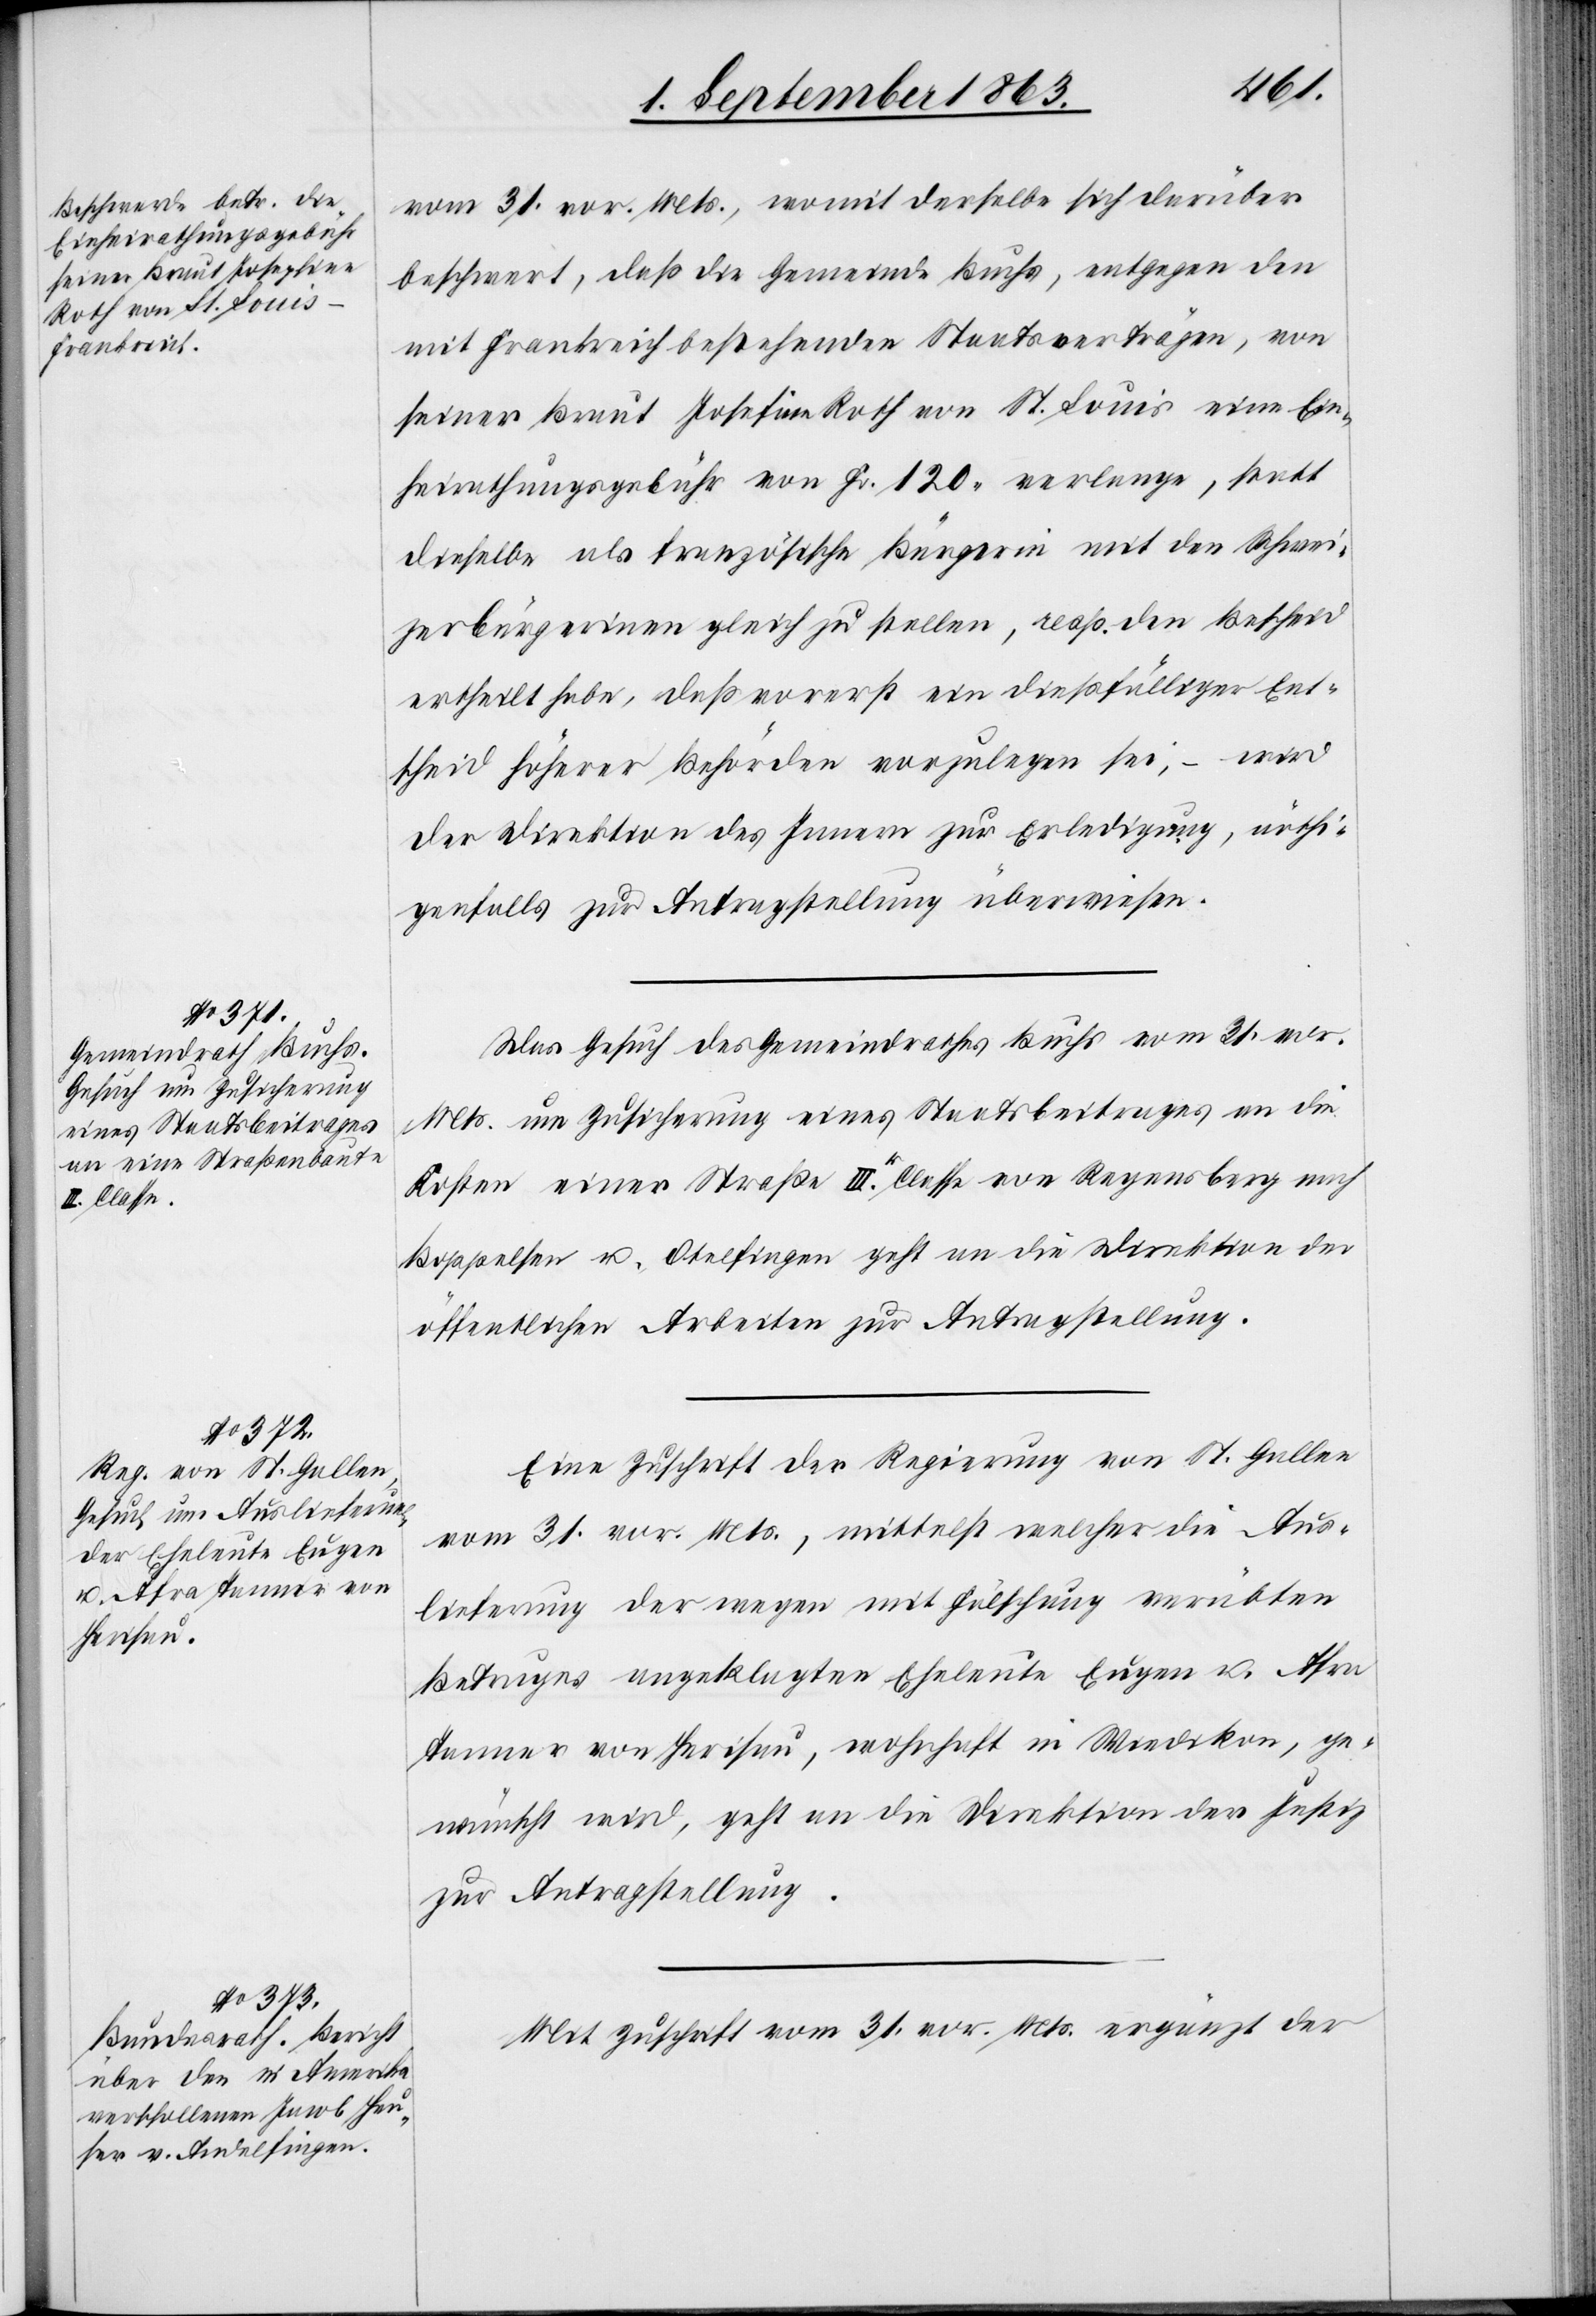
seiner Braut Josefine
Roth von St. Louis

Ein¬
2. September 1863.]
vom 31. vor. Mts., womit derselbe sich darüber
beschwert, daß die Gemeinde Buchs, entgegen den
mit Frankreich bestehenden Staatsverträgen, von
heirathungsgebühr von Fr. 120. verlange, statt
dieselbe als französische Bürgerin mit den Schwei¬
zerbürgerinen gleich zu stellen, resp. den Bescheid
ertheilt habe, daß vorerst ein dießfälliger Ent¬
scheid höherer Behörden vorzulegen sei, – wird
der Direktion des Innern zur Erledigung, nöthi¬
genfalls zur Antragstellung überwiesen.
Das Gesuch des Gemeindrathes Buchs vom 31. vor.
Mts. um Zusicherung eines Staatsbeitrages an die
Kosten einer Straße III. Classe von Regensberg nach
Boppelsen u. Otelfingen geht an die Direktion der
öffentlichen Arbeiten zur Antragstellung.
Eine Zuschrift der Regierung von St. Gallen
vom 31. vor. Mts., mittelst welcher die Aus¬
lieferung der wegen mit Fälschung verübten
Betruges angeklagten Eheleute Eugen u. Afra
Tanner von Herisau, wohnhaft in Wiedikon, ge¬
wünscht wird, geht an die Direktion der Justiz
zur Antragstellung.
Mit Zuschrift vom 31. vor. Mts. ergänzt der